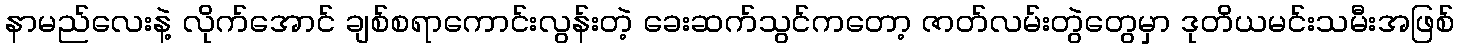
နာမည်လေးနဲ့ လိုက်အောင် ချစ်စရာကောင်းလွန်းတဲ့ ခေးဆက်သွင်ကတော့ ဇာတ်လမ်းတွဲတွေမှာ ဒုတိယမင်းသမီးအဖြစ်